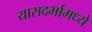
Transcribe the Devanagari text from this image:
यासदर्भामध्ये